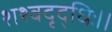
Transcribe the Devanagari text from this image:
शश्वदृद्धिः।।